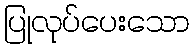
ပြုလုပ်ပေးသော